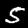
Digit: 5